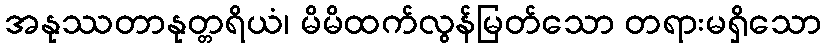
အနုဿတာနုတ္တရိယံ၊ မိမိထက်လွန်မြတ်သော တရားမရှိသော